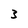
Character: 3